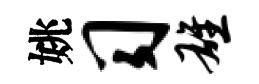
姚习雄